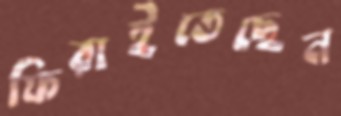
ফিরাইতেছেন